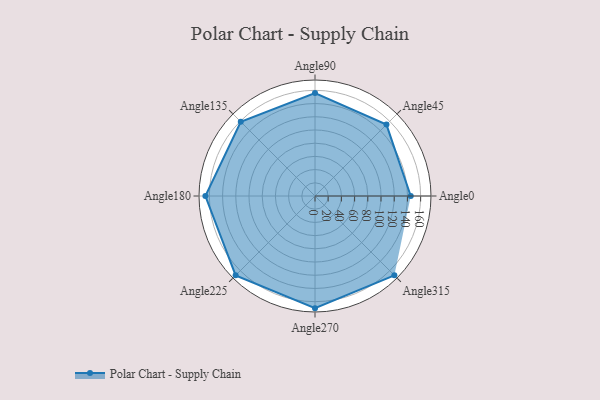
{"axis": {"x": "Angle", "y": "Radius"}, "legend": [""], "data": [{"x": "Angle0", "y": 145.0, "type": ""}, {"x": "Angle45", "y": 153.0, "type": ""}, {"x": "Angle90", "y": 156.0, "type": ""}, {"x": "Angle135", "y": 159.0, "type": ""}, {"x": "Angle180", "y": 166.0, "type": ""}, {"x": "Angle225", "y": 170, "type": ""}, {"x": "Angle270", "y": 170, "type": ""}, {"x": "Angle315", "y": 170, "type": ""}]}